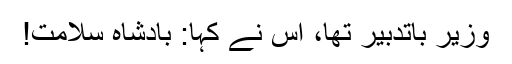
وزیر باتدبیر تھا، اس نے کہا: بادشاہ سلامت!